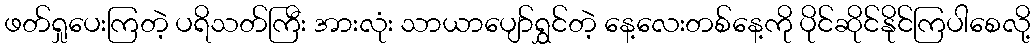
ဖတ်ရှုပေးကြတဲ့ ပရိသတ်ကြီး အားလုံး သာယာပျော်ရွှင်တဲ့ နေ့လေးတစ်နေ့ကို ပိုင်ဆိုင်နိုင်ကြပါစေလို့